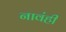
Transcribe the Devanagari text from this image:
नावंही